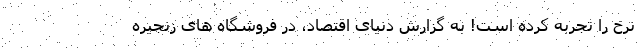
نرخ را تجربه کرده است! به گزارش دنیای اقتصاد، در فروشگاه های زنجیره